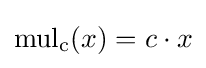
\mathrm {mul_{c}} (x)=c\cdot x